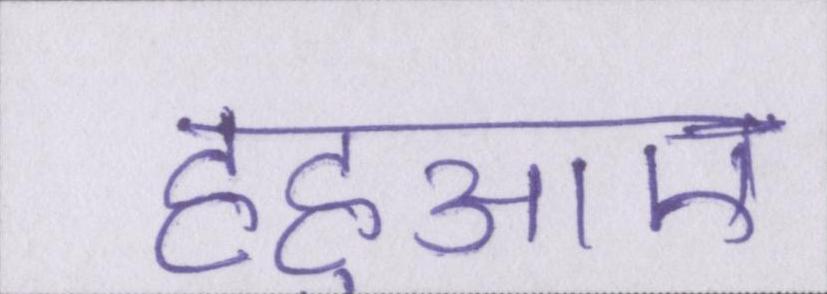
हहुआए